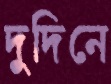
দুদিনে